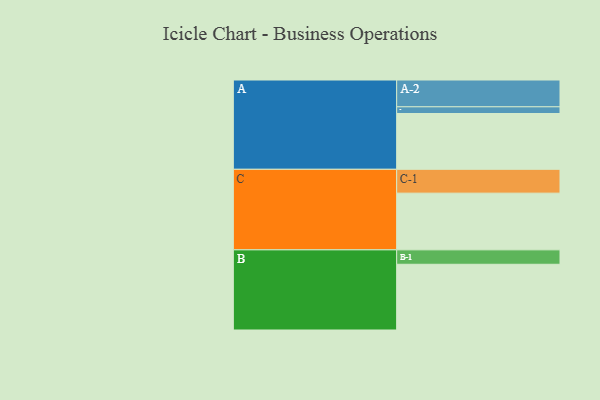
{"axis": {"x": "Segment", "y": "Value"}, "legend": ["", "A", "B", "C"], "data": [{"x": "A", "y": 433, "type": ""}, {"x": "B", "y": 510, "type": ""}, {"x": "C", "y": 440, "type": ""}, {"x": "A-1", "y": 52, "type": "A"}, {"x": "A-2", "y": 208, "type": "A"}, {"x": "B-1", "y": 112, "type": "B"}, {"x": "C-1", "y": 185, "type": "C"}]}